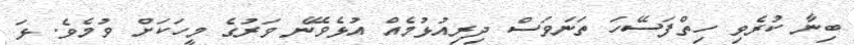
ބިނާ ކުރެވި ހިތްފަސޭހަ ތަނަވަސް ދިރިއުޅުމެއް އުޅެވޭނެ ވަރުގެ މީހަކަށް ވުމެވެ. ޅަ